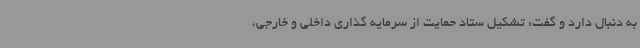
به دنبال دارد و گفت: تشکیل ستاد حمایت از سرمایه گذاری داخلی و خارجی،